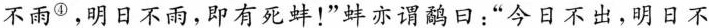
不雨^{④}，明日不雨，即有死蚌！”蚌亦谓鹬日：”今日不出，明日不